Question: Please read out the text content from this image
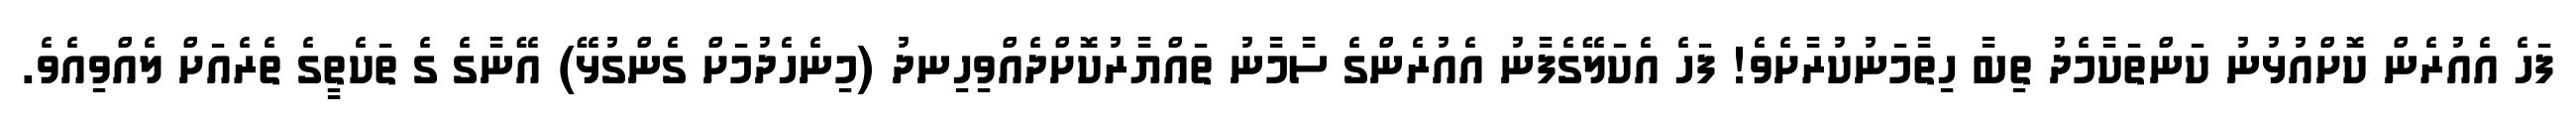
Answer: ފަހެ އެއުރެން ކޮށްއުޅުނު ކަންތަކާމެދު ތިބާ ހިތާމަނުކުރާށެވެ! ފަހެ އެކަލޭގެފާނު އެއުރެންގެ ސާމާނު ތައްޔާރުކޮށްދެއްވިހިނދު (މިނެހެދުމަށް ގެންގުޅޭ) އޭނާގެ ގެ ތަކެތީގެ ތެރެއަށް ލެއްވިއެވެ.